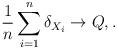
LaTeX: \begin{align*}\frac{1}{n}\sum_{i=1}^n\delta_{X_i} \to Q, . \end{align*}